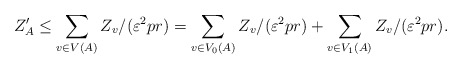
\begin{align*}Z'_A \le \sum_{v \in V(A)} Z_v/(\varepsilon^2 p r)= \sum_{v \in V_0(A)} Z_v/(\varepsilon^2 p r) + \sum_{v \in V_1(A)} Z_v/(\varepsilon^2 p r).\end{align*}